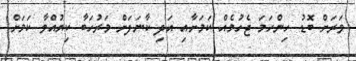
ވަރަށް ބޮޑު ހިންހަމަ ޖެހުމެއް ކަމަށާއި އަދި ކާނަލަށް މަރުހަބާ ކިޔުއްވާ ކަމަށް